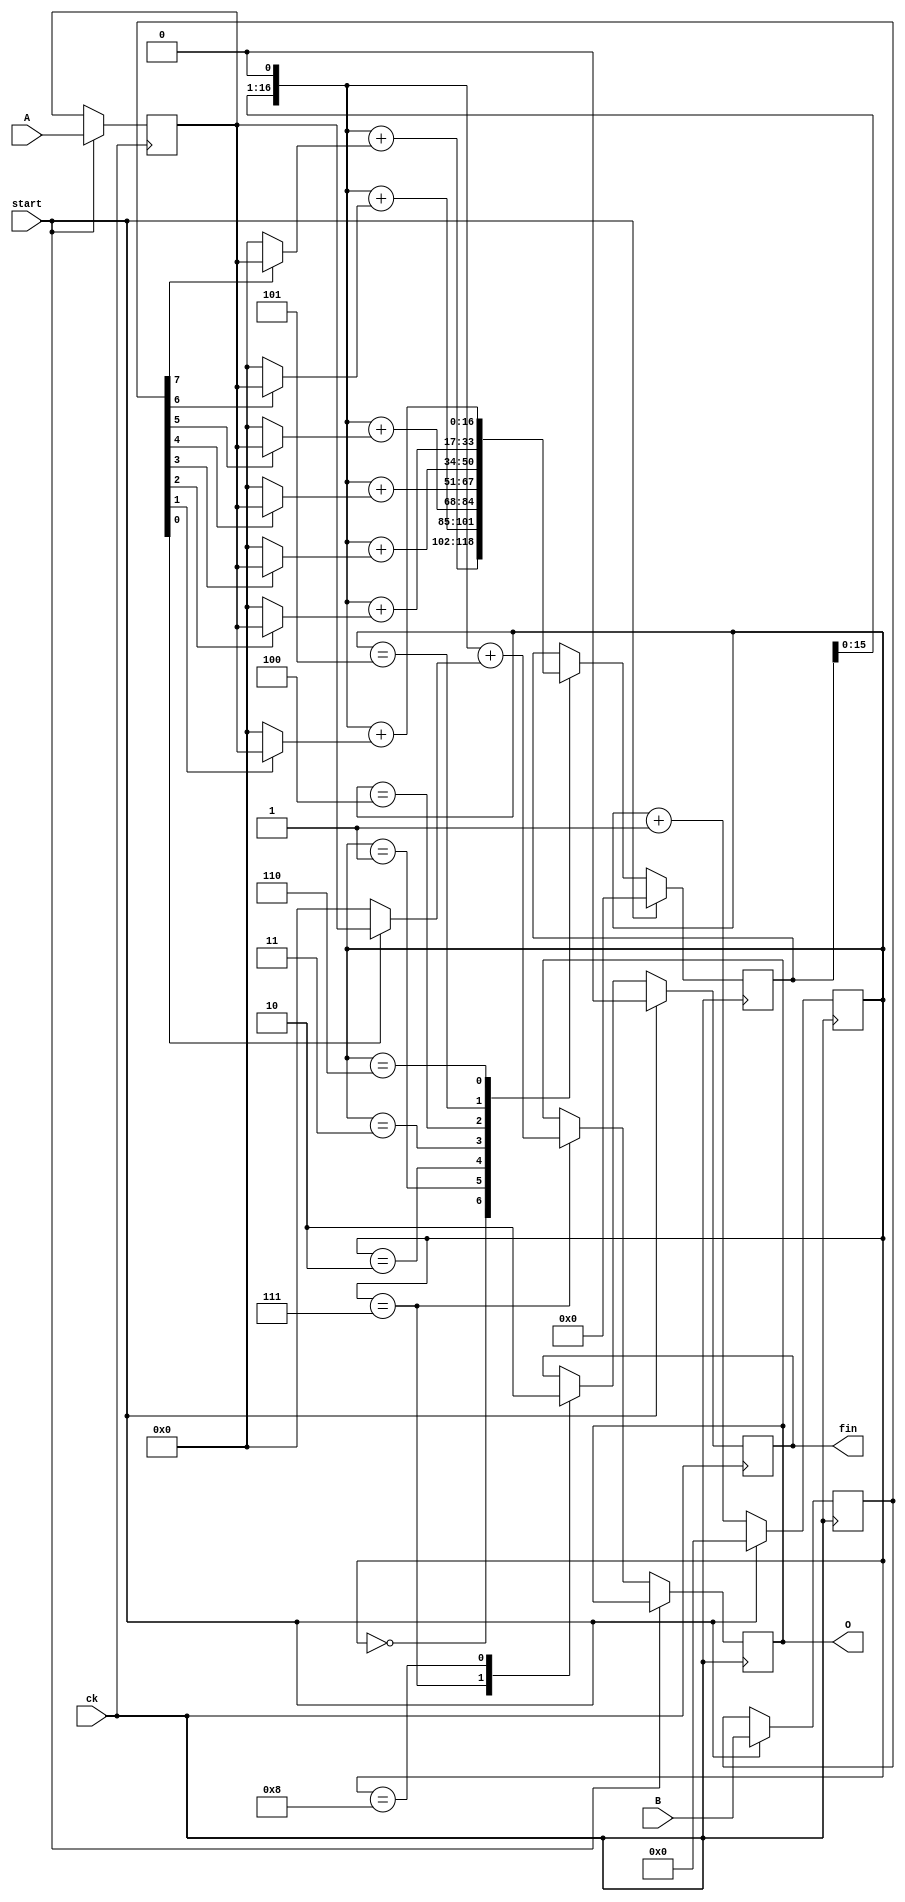
module mul(A,B,O,ck,start,fin);
input [7:0] A, B;
input ck,start;
output [16:0] O;
output fin;

reg [3:0] st;
reg [7:0] AIN, BIN;
reg [16:0] O,y;
reg fin;

always @(posedge ck) begin
if( start == 1 ) begin
    st <= 0;
    fin <= 0;
    AIN <= A;
    BIN <= B;
    y <= 0;
end else begin
    case (st)
    0: y <= (y<<1) + (BIN[7]==1 ? AIN : 0);
    1: y <= (y<<1) + (BIN[6]==1 ? AIN : 0);
    2: y <= (y<<1) + (BIN[5]==1 ? AIN : 0);
    3: y <= (y<<1) + (BIN[4]==1 ? AIN : 0);
    4: y <= (y<<1) + (BIN[3]==1 ? AIN : 0);
    5: y <= (y<<1) + (BIN[2]==1 ? AIN : 0);
    6: y <= (y<<1) + (BIN[1]==1 ? AIN : 0);
    7: begin O <= (y<<1) + (BIN[0]==1 ? AIN : 0); fin<= 1; end
    8: fin <= 0;
    endcase
    st <= st + 1;
end
end
endmodule